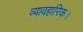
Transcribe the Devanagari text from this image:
व्यावहारिक।